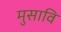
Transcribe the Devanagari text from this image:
मुसावि